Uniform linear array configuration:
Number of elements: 8
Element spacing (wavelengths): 0.5
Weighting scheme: exponential
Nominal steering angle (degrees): -60
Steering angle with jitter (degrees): -61.544
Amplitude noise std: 0.05
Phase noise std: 0.05

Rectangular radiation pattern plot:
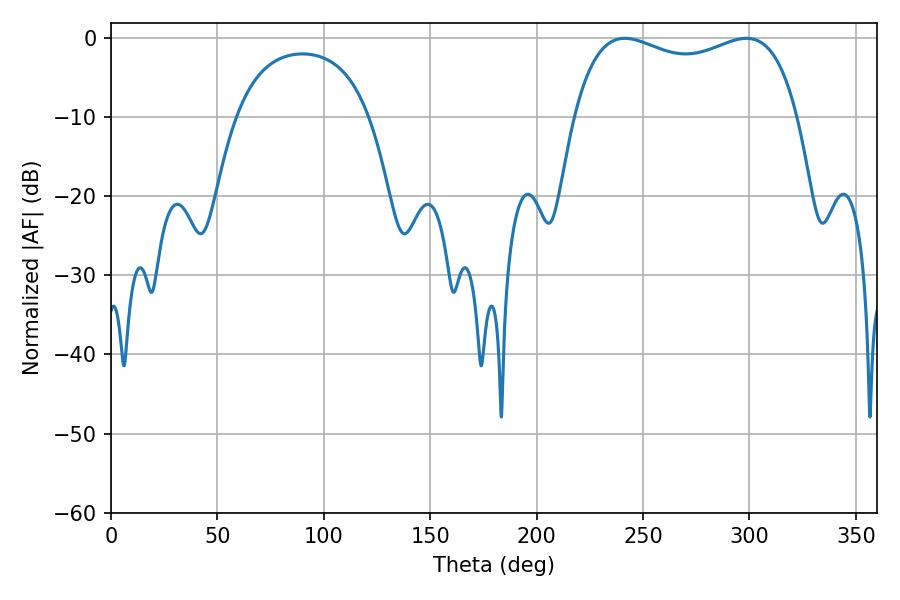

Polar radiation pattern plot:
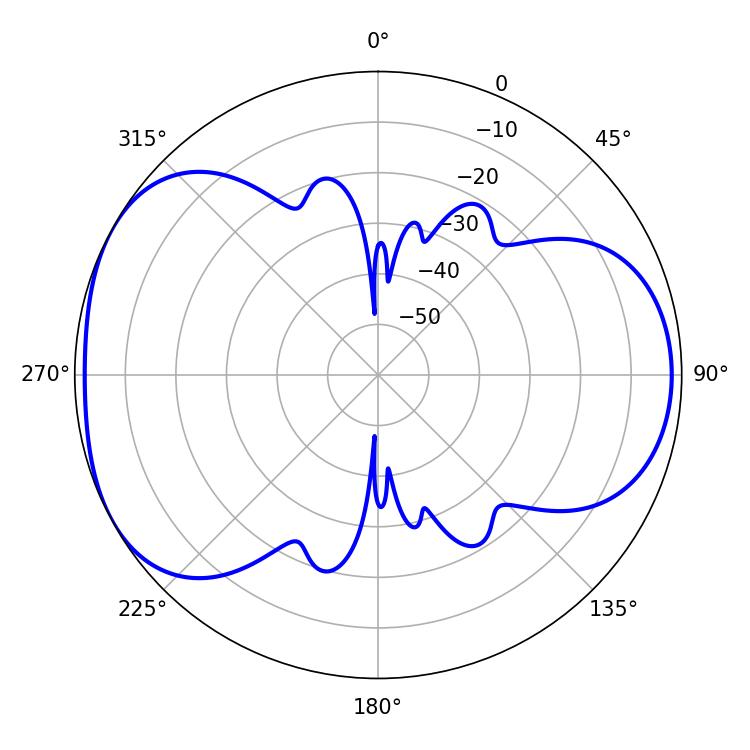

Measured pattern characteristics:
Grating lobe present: FALSE
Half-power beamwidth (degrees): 86.4
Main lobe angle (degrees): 241.38